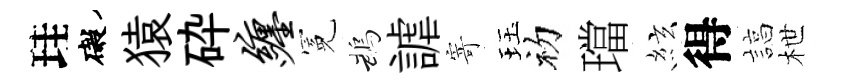
珪礙猿砕缠冕鵡謔寄珏初璫絃得諄枻